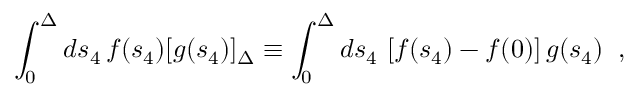
\int _ { 0 } ^ { \Delta } d s _ { 4 } \, f ( s _ { 4 } ) [ g ( s _ { 4 } ) ] _ { \Delta } \equiv \int _ { 0 } ^ { \Delta } d s _ { 4 } \, \left[ f ( s _ { 4 } ) - f ( 0 ) \right] g ( s _ { 4 } ) \; \; ,